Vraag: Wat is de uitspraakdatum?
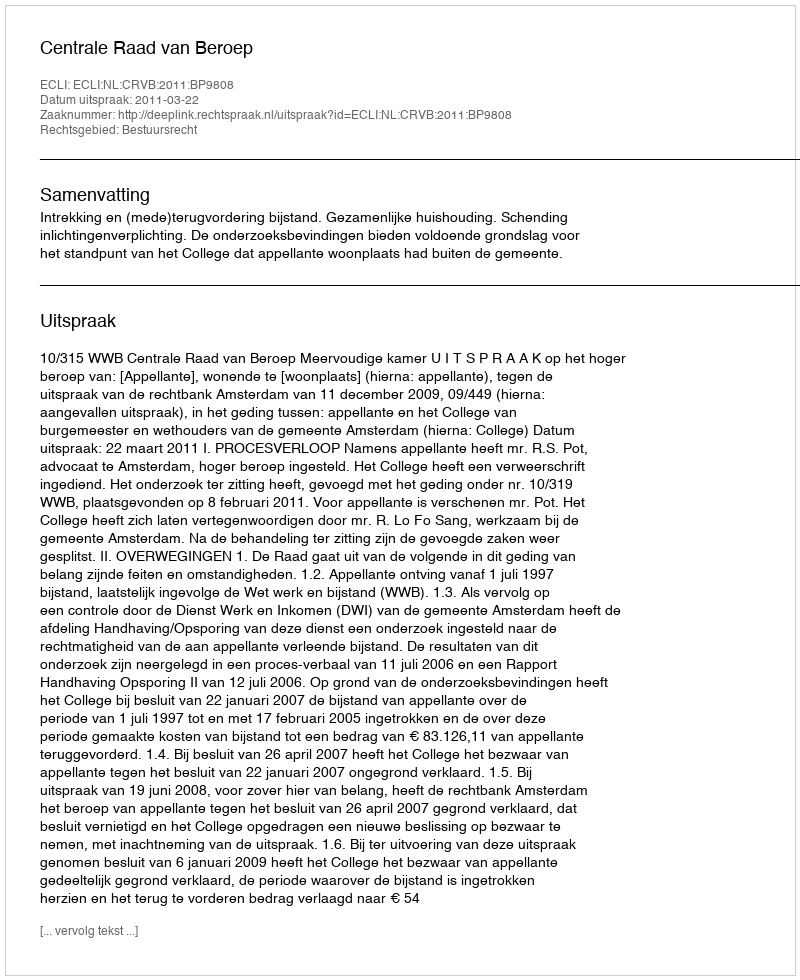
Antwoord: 2011-03-22